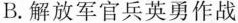
B.解放军官兵英勇作战